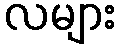
လများ